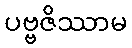
ပဗ္ဗဇိဿာမ